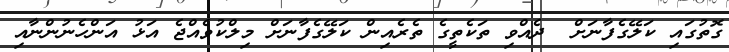
ގޮތުގައި ކަލޭގެފާނަށް  ދެއްވި ތަކެތީގެ ތެރެއިން ކަލޭގެފާނަށް މިލްކުވެއްޖެ އަޅު އަންހެނުންނާއި